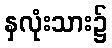
နှလုံးသား၌